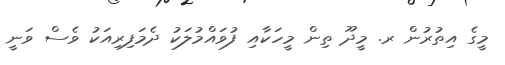
މީގެ އިތުރުން ރ. މީދޫ ތިން މީހަކާއި ފުވައްމުލަކު ދެމަފިރިއަކު ވެސް ވަނީ